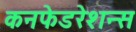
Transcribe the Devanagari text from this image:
कनफेडरेशन्स